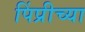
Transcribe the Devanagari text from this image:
पिंप्रीच्या